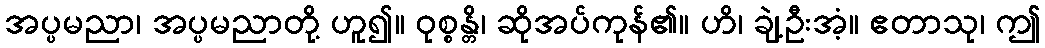
အပ္ပမညာ၊ အပ္ပမညာတို့ ဟူ၍။ ဝုစ္စန္တိ၊ ဆိုအပ်ကုန်၏။ ဟိ၊ ချဲ့ဦးအံ့။ ဧတာသု၊ ဤ